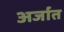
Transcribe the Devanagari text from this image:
अर्जात